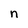
Character: n